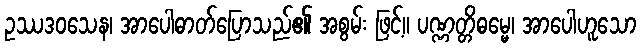
ဥဿဒဝသေန၊ အာပေါဓာတ်ပြောသည်၏ အစွမ်း ဖြင့်။ ပဏ္ဏတ္တိဓမ္မေ၊ အာပေါဟူသော